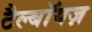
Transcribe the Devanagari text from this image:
टैल्बॉयज़